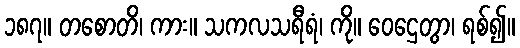
၁၈၇။ တစောတိ၊ ကား။ သကလသရီရံ၊ ကို။ ဝေဌေတွာ၊ ရစ်၍။